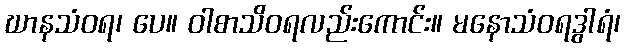
ဃာနသံဝရ၊ ပေ။ ဝါစာသိဝရလည်းကောင်း။ မနောသံဝရဒွါရံ၊